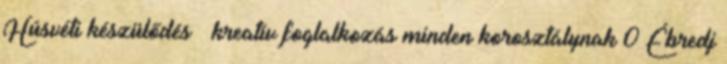
Húsvéti készülődés – kreatív foglalkozás minden korosztálynak 0 Ébredj